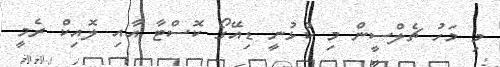
މި މަހު ޗެލްސީން މި ކުޅުނީ ޑިއޭގޯ ކޮސްޓާ އާއި ލޮއިކް ރެމީ